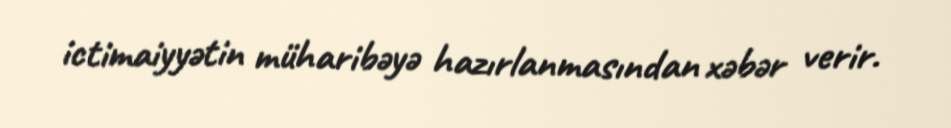
ictimaiyyətin müharibəyə hazırlanmasından xəbər verir.